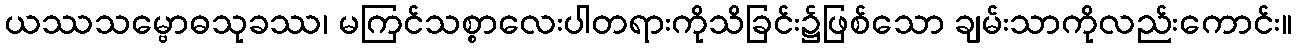
ယဿသမ္ဗောဓသုခဿ၊ မကြင်သစ္စာလေးပါတရားကိုသိခြင်း၌ဖြစ်သော ချမ်းသာကိုလည်းကောင်း။